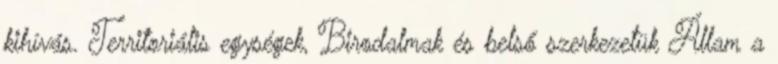
kihívás. Territoriális egységek, Birodalmak és belső szerkezetük Állam a